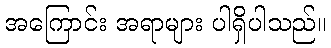
အကြောင်း အရာများ ပါရှိပါသည်။